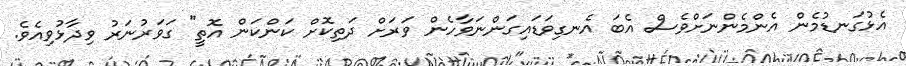
އެޅުގަނޑުމެން އެންމެންނަށްވެސް އެބަ އެނގިވަޑައިގަންނަވާހެން ވަރަށް ދަތިކޮށް ކަންކަން އޮތީ" ގަވަރުނަރު ވިދާޅުވިއެވެ.